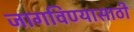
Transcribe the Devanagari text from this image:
जागविण्यासाठी